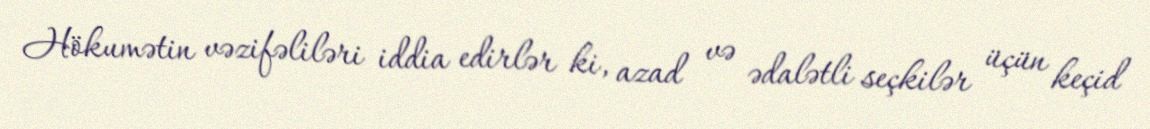
Hökumətin vəzifəliləri iddia edirlər ki, azad və ədalətli seçkilər üçün keçid